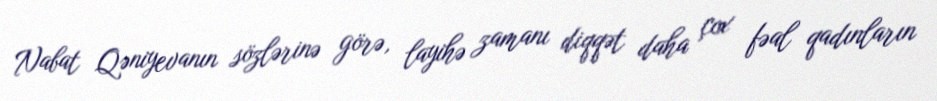
Nabat Qəniyevanın sözlərinə görə, layihə zamanı diqqət daha çox fəal qadınların